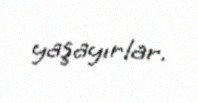
yaşayırlar.